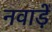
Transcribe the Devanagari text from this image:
नवाड़ें